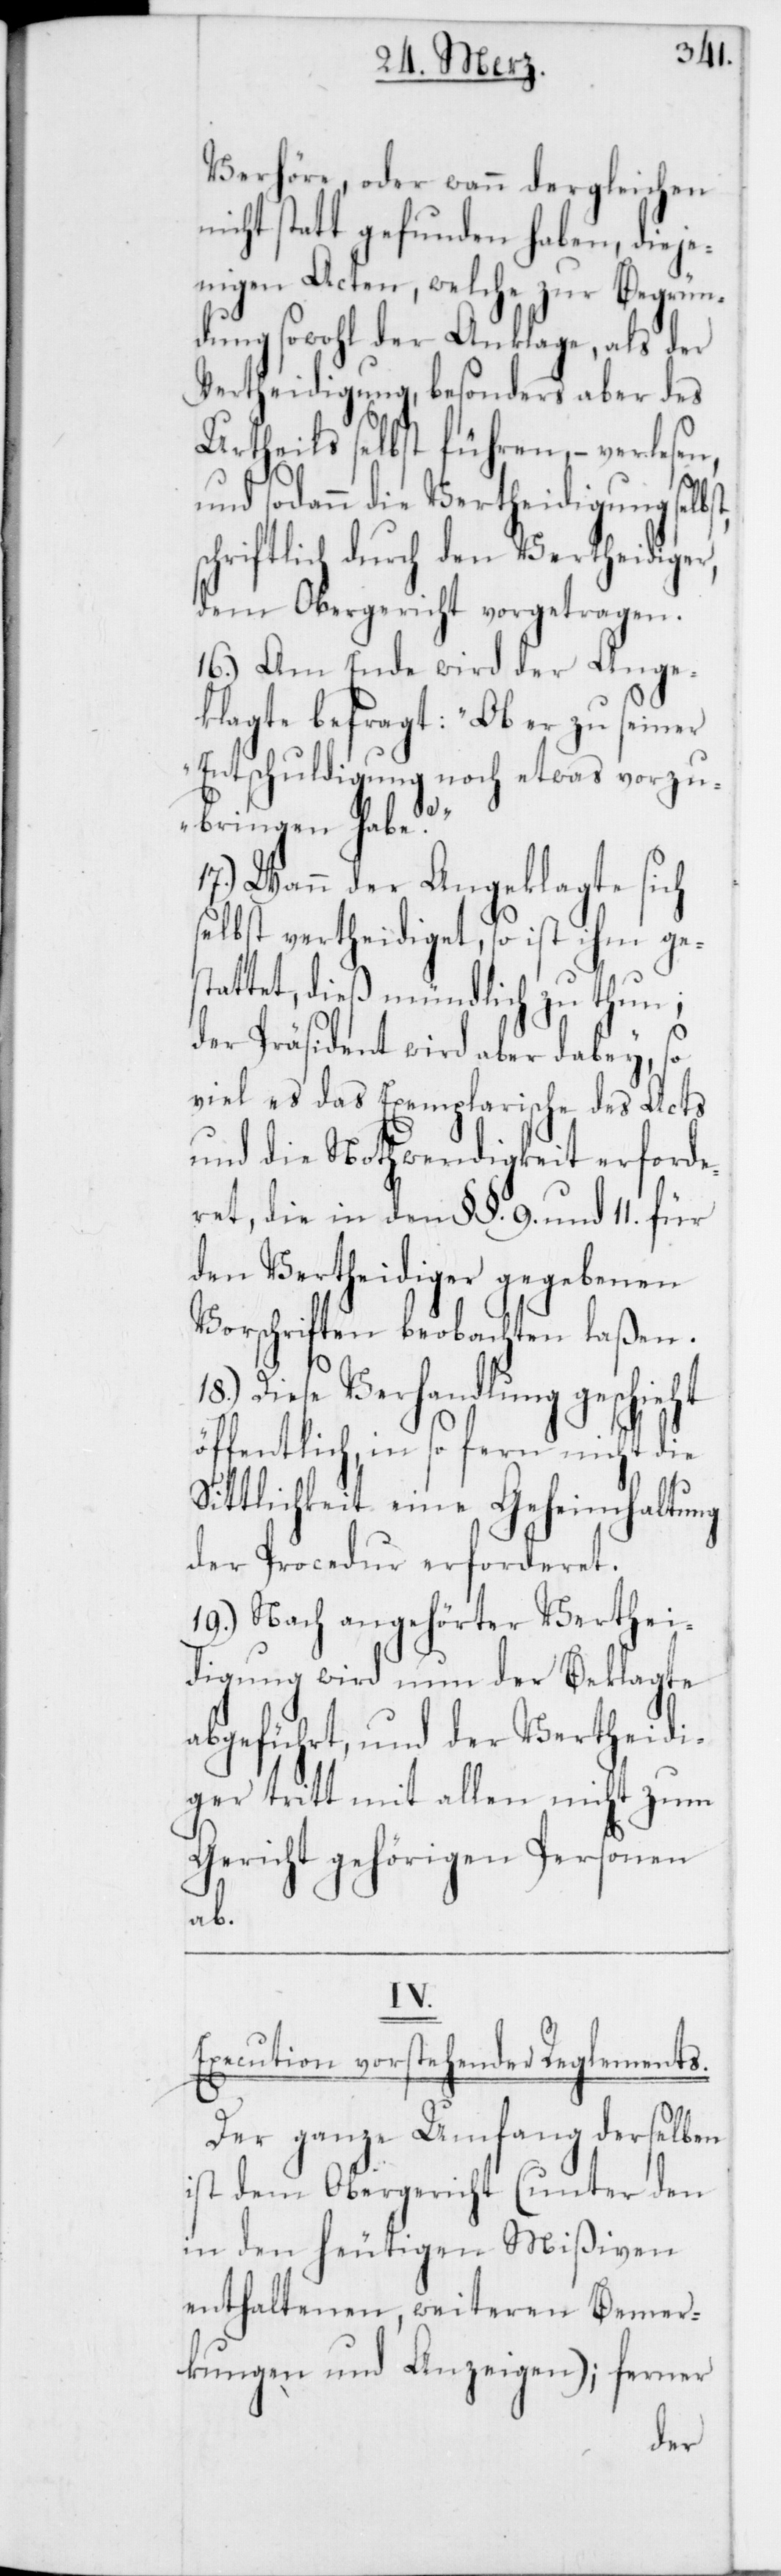
Verhöre, oder wann dergleichen
nicht statt gefunden haben, dieje¬
nigen Acten, welche zur Begrün¬
dung sowohl der Anklage, als der
Vertheidigung, besonders aber des
Urtheils selbst führen, – verlesen,
und sodann die Vertheidigung selbs¬
schriftlich durch den Vertheidiger,
dem Obergericht vorgetragen.
16.) Am Ende wird der Ange¬
klagte befragt: „Ob er zu seiner
Entschuldigung noch etwas vorzu¬
bringen habe?“
17.) Wann der Angeklagte sich
selbst vertheidiget, so ist ihm ges¬
tattet, dieß mündlich zu thun;
der Präsident wird aber dabey, so
viel es das Exemplarische des Acts
und die Nothwendigkeit erforde¬
ret, die in den §§. 9. und 11. für
den Vertheidiger gegebenen
Vorschriften beobachten laßen.
Diese Verhandlung geschieht
öffentlich, in so fern nicht die
Sittlichkeit eine Geheimhaltung
der Procedur erforderet.
19.) Nach angehörter Verthei¬
digung wird nun der Beklagte
abgeführt, und der Vertheidi¬
ger tritt mit allen nicht zum
Gericht gehörigen Personen
ab.
IV.
Execution vorstehender Reglements.
Der ganze Umfang derselben
ist dem Obergericht (unter den
in den heutigen Mißiven
enthaltenen, weiteren Bemer¬
kungen und Anzeigen); ferner